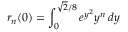
r _ { n } ( 0 ) = \int _ { 0 } ^ { \sqrt { 2 } / 8 } e ^ { y ^ { 2 } } y ^ { n } \, d y